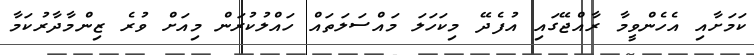
ކަމަށާއި އެހެންވީމާ ރާއްޖޭގައި އުފެދޭ މިކަހަލަ މައްސަލަތައް ހައްލުކުރަން މިއަށް ވުރެ ޒިންމާދާރުކަމާ